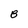
Character: B